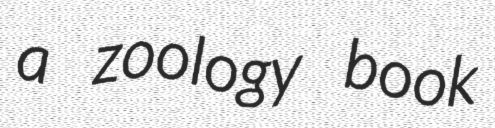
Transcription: a zoology book